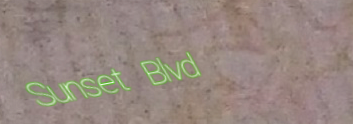
Sunset Blvd